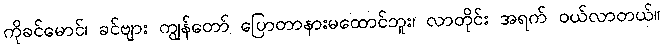
ကိုခင်မောင်၊ ခင်ဗျား ကျွန်တော် ပြောတာနားမထောင်ဘူး၊ လာတိုင်း အရက် ဝယ်လာတယ်။